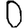
Digit: 0